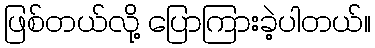
ဖြစ်တယ်လို့ ပြောကြားခဲ့ပါတယ်။